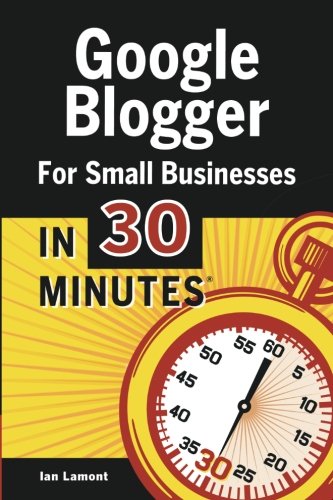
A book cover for Google Blogger For Small Businesses In 30 Minutes: How to create a basic website for your shop, professional services firm, LLC, or new business; Ian Lamont; Computers & Technology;